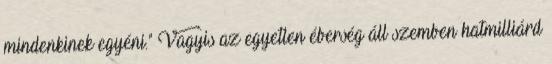
mindenkinek egyéni." Vagyis az egyetlen éberség áll szemben hatmilliárd